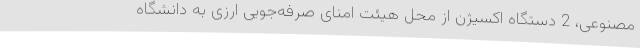
مصنوعی، 2 دستگاه اکسیژن از محل هیئت امنای صرفه‌جویی ارزی به دانشگاه